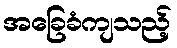
အခြေခံကျသည့်